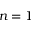
n = 1